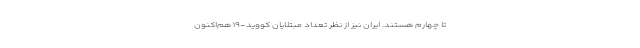
تا چهارم هستند. ایران نیز از نظر تعداد مبتلایان کووید-۱۹ هم‌اکنون